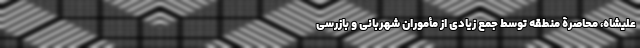
علیشاه، محاصرۀ منطقه توسطِ جمعِ زیادی از مأموران شهربانی و بازرسی